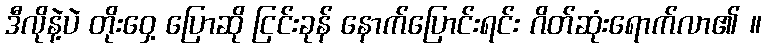
ဒီလိုနဲ့ပဲ တိုးဝှေ့ ပြောဆို ငြင်းခုန် နောက်ပြောင်းရင်း ဂိတ်ဆုံးရောက်လာ၏ ။